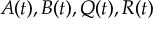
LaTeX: { \mathbf { } } A ( t ) , B ( t ) , Q ( t ) , R ( t )